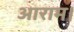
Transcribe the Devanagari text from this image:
आराम।